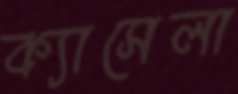
ক্যাসেলা